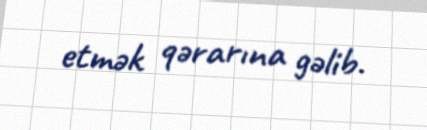
etmək qərarına gəlib.